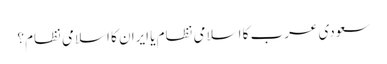
سعودی عرب کا اسلامی نظام یا ایران کا اسلامی نظام؟